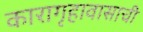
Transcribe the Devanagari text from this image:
कारागृहावासाची